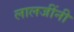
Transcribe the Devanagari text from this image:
लालजींनी